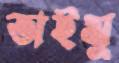
অইমু